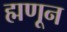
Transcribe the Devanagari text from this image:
ह्मणून